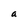
Character: a